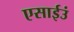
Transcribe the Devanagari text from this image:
एसाईउं